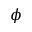
\phi